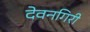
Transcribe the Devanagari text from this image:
देवनगिरी